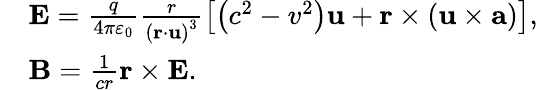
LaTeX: \begin{array}{rl}&{\textbf{E}=\frac{q}{4\pi\varepsilon_{0}}\frac{r}{\left(\textbf{r}\cdot\textbf{u}\right)^{3}}\left[\left(c^{2}-v^{2}\right)\textbf{u}+\textbf{r}\times\left(\textbf{u}\times\textbf{a}\right)\right],}\\ &{\textbf{B}=\frac{1}{cr}\textbf{r}\times\textbf{E}.}\end{array}